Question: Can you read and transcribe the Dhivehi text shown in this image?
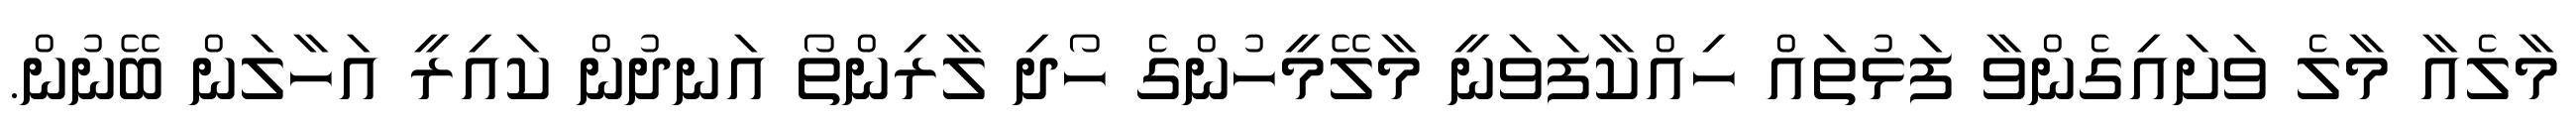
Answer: މާލެއާ މާލެ ވަށައިގެންވާ ފަޅުތައް ހިއްކާފަވަނީ މާލޭމީހުންގެ ހޯދި ލާރިންތޯ އަނދުން ކައިރީ އަހާލަން ބޭނުން.